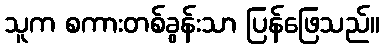
သူက စကားတစ်ခွန်းသာ ပြန်ဖြေသည်။